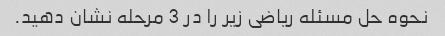
نحوه حل مسئله ریاضی زیر را در 3 مرحله نشان دهید.